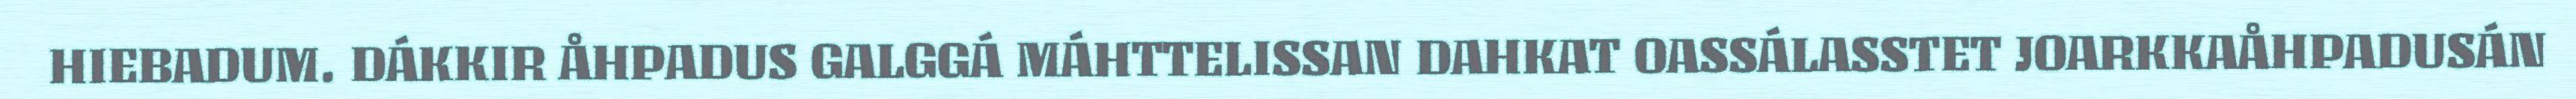
HIEBADUM. DÁKKIR ÅHPADUS GALGGÁ MÁHTTELISSAN DAHKAT OASSÁLASSTET JOARKKAÅHPADUSÁN